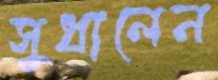
সুধালেন